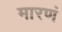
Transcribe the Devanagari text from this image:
मारणं